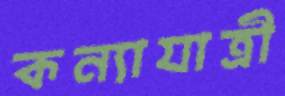
কন্যাযাত্রী